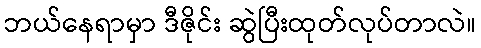
ဘယ်နေရာမှာ ဒီဇိုင်း ဆွဲပြီးထုတ်လုပ်တာလဲ။